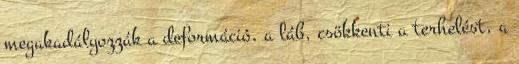
megakadályozzák a deformáció, a láb, csökkenti a terhelést, a